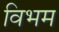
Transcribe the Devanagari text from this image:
विभम